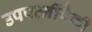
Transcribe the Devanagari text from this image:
उपपत्‍नींपैकी